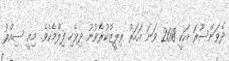
ދެވަންސޫރަ އަކީ 2018 ވަނަ އަހަރު ރިލީޒްކުރެވުނު ދިވެހި ފިލްމެކެވެ. މިއީ ސިއްރު